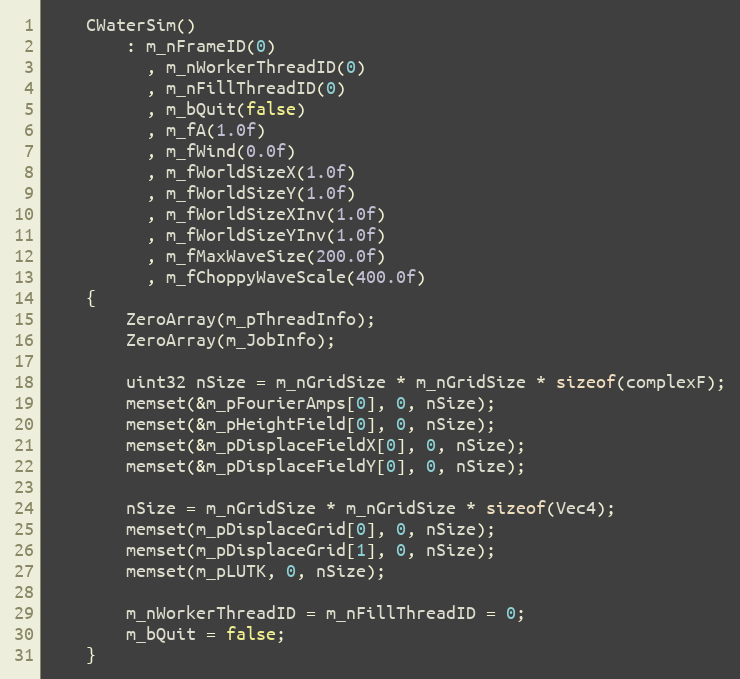
Language: C++
	CWaterSim()
		: m_nFrameID(0)
		  , m_nWorkerThreadID(0)
		  , m_nFillThreadID(0)
		  , m_bQuit(false)
		  , m_fA(1.0f)
		  , m_fWind(0.0f)
		  , m_fWorldSizeX(1.0f)
		  , m_fWorldSizeY(1.0f)
		  , m_fWorldSizeXInv(1.0f)
		  , m_fWorldSizeYInv(1.0f)
		  , m_fMaxWaveSize(200.0f)
		  , m_fChoppyWaveScale(400.0f)
	{
		ZeroArray(m_pThreadInfo);
		ZeroArray(m_JobInfo);

		uint32 nSize = m_nGridSize * m_nGridSize * sizeof(complexF);
		memset(&m_pFourierAmps[0], 0, nSize);
		memset(&m_pHeightField[0], 0, nSize);
		memset(&m_pDisplaceFieldX[0], 0, nSize);
		memset(&m_pDisplaceFieldY[0], 0, nSize);

		nSize = m_nGridSize * m_nGridSize * sizeof(Vec4);
		memset(m_pDisplaceGrid[0], 0, nSize);
		memset(m_pDisplaceGrid[1], 0, nSize);
		memset(m_pLUTK, 0, nSize);

		m_nWorkerThreadID = m_nFillThreadID = 0;
		m_bQuit = false;
	}